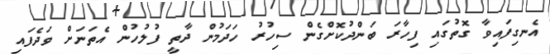
އެނގިފައިވާ ގޮތުގައި ފިހާރަ ބަންދުކޮށްގެން ސިހުރު ހަދަމުން ދާތީ ފުލުހުން އެތަނަށް ވަދެފައި